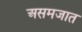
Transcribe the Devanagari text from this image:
असमजात